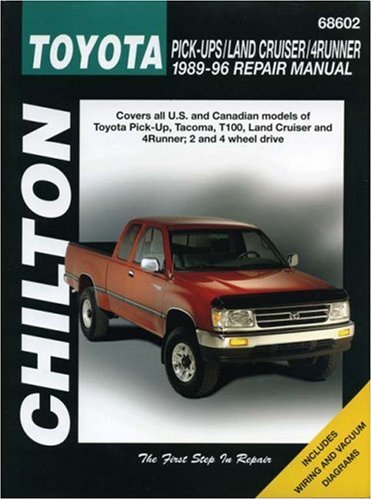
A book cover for Toyota Pick-ups, Land Cruiser, and 4 Runner, 1989-96 (Chilton Total Car Care Series Manuals); Chilton; Engineering & Transportation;